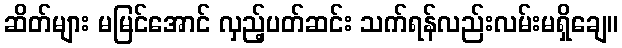
ဆိတ်များ မမြင်အောင် လှည့်ပတ်ဆင်း သက်ရန်လည်းလမ်းမရှိချေ။